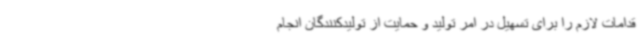
قدامات لازم را برای تسهیل در امر تولید و حمایت از تولیدکنندگان انجام